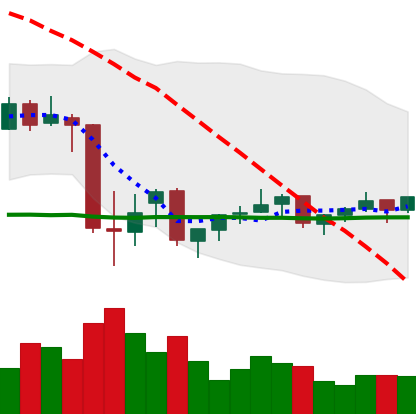
Ticker: XMR-USD
Chart end date: 2021-07-06
Forward return: -4.779%
Label: down_3_5